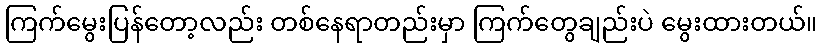
ကြက်မွေးပြန်တော့လည်း တစ်နေရာတည်းမှာ ကြက်တွေချည်းပဲ မွေးထားတယ်။